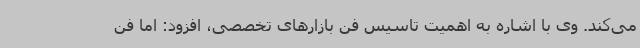
می‌کند. وی با اشاره به اهمیت تاسیس فن بازارهای تخصصی، افزود: اما فن